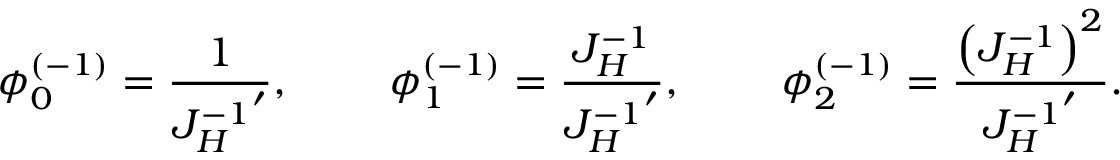
\phi _ { 0 } ^ { ( - 1 ) } = { \frac { 1 } { { J _ { H } ^ { - 1 } } ^ { \prime } } } , \qquad \; \phi _ { 1 } ^ { ( - 1 ) } = { \frac { J _ { H } ^ { - 1 } } { { J _ { H } ^ { - 1 } } ^ { \prime } } } , \qquad \; \phi _ { 2 } ^ { ( - 1 ) } = { \frac { \left( J _ { H } ^ { - 1 } \right) ^ { 2 } } { { J _ { H } ^ { - 1 } } ^ { \prime } } } .